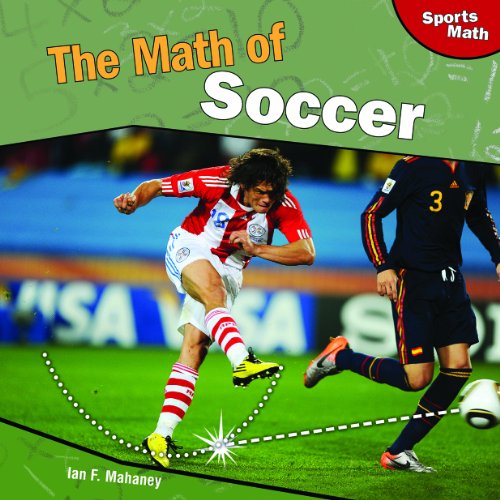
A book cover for The Math of Soccer (Sports Math); Ian F. Mahaney; Children's Books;